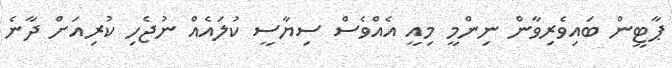
ޕާޓީން ބައިވެރިވާން ނިންމީ މިއީ އެއްވެސް ސިޔާސީ ކުލައެއް ނުޖެހި ކުރިއަށް ދާނެ